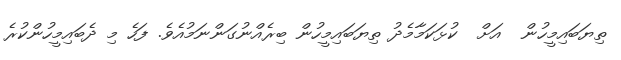
ތިޔަބައިމީހުން  އަށް  ކުޅަކަމާމެދު ތިޔަބައިމީހުން ބިރެއްނުގަންނަމުއެވެ. ފަހެ މި ދެބައިމީހުންކުރެ